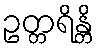
ဥတ္တရိန္တိ